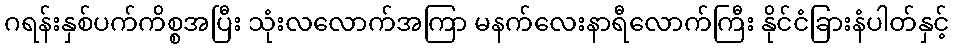
ဂရန်းနှစ်ပက်ကိစ္စအပြီး သုံးလလောက်အကြာ မနက်လေးနာရီလောက်ကြီး နိုင်ငံခြားနံပါတ်နှင့်